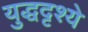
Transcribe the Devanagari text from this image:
युद्धदृश्ये